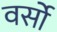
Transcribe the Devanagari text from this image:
वर्सो